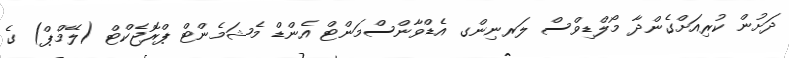
ދަށުން ކުރިއަށްގެންދާ މޯލްޑިވްސް ލަރނިންގ އެޑްވާންސްމަންޓް އެންޑް މެޝަމެންޓް ޕްރޮޖެކްޓް (ލޭމްޕް) ގެ